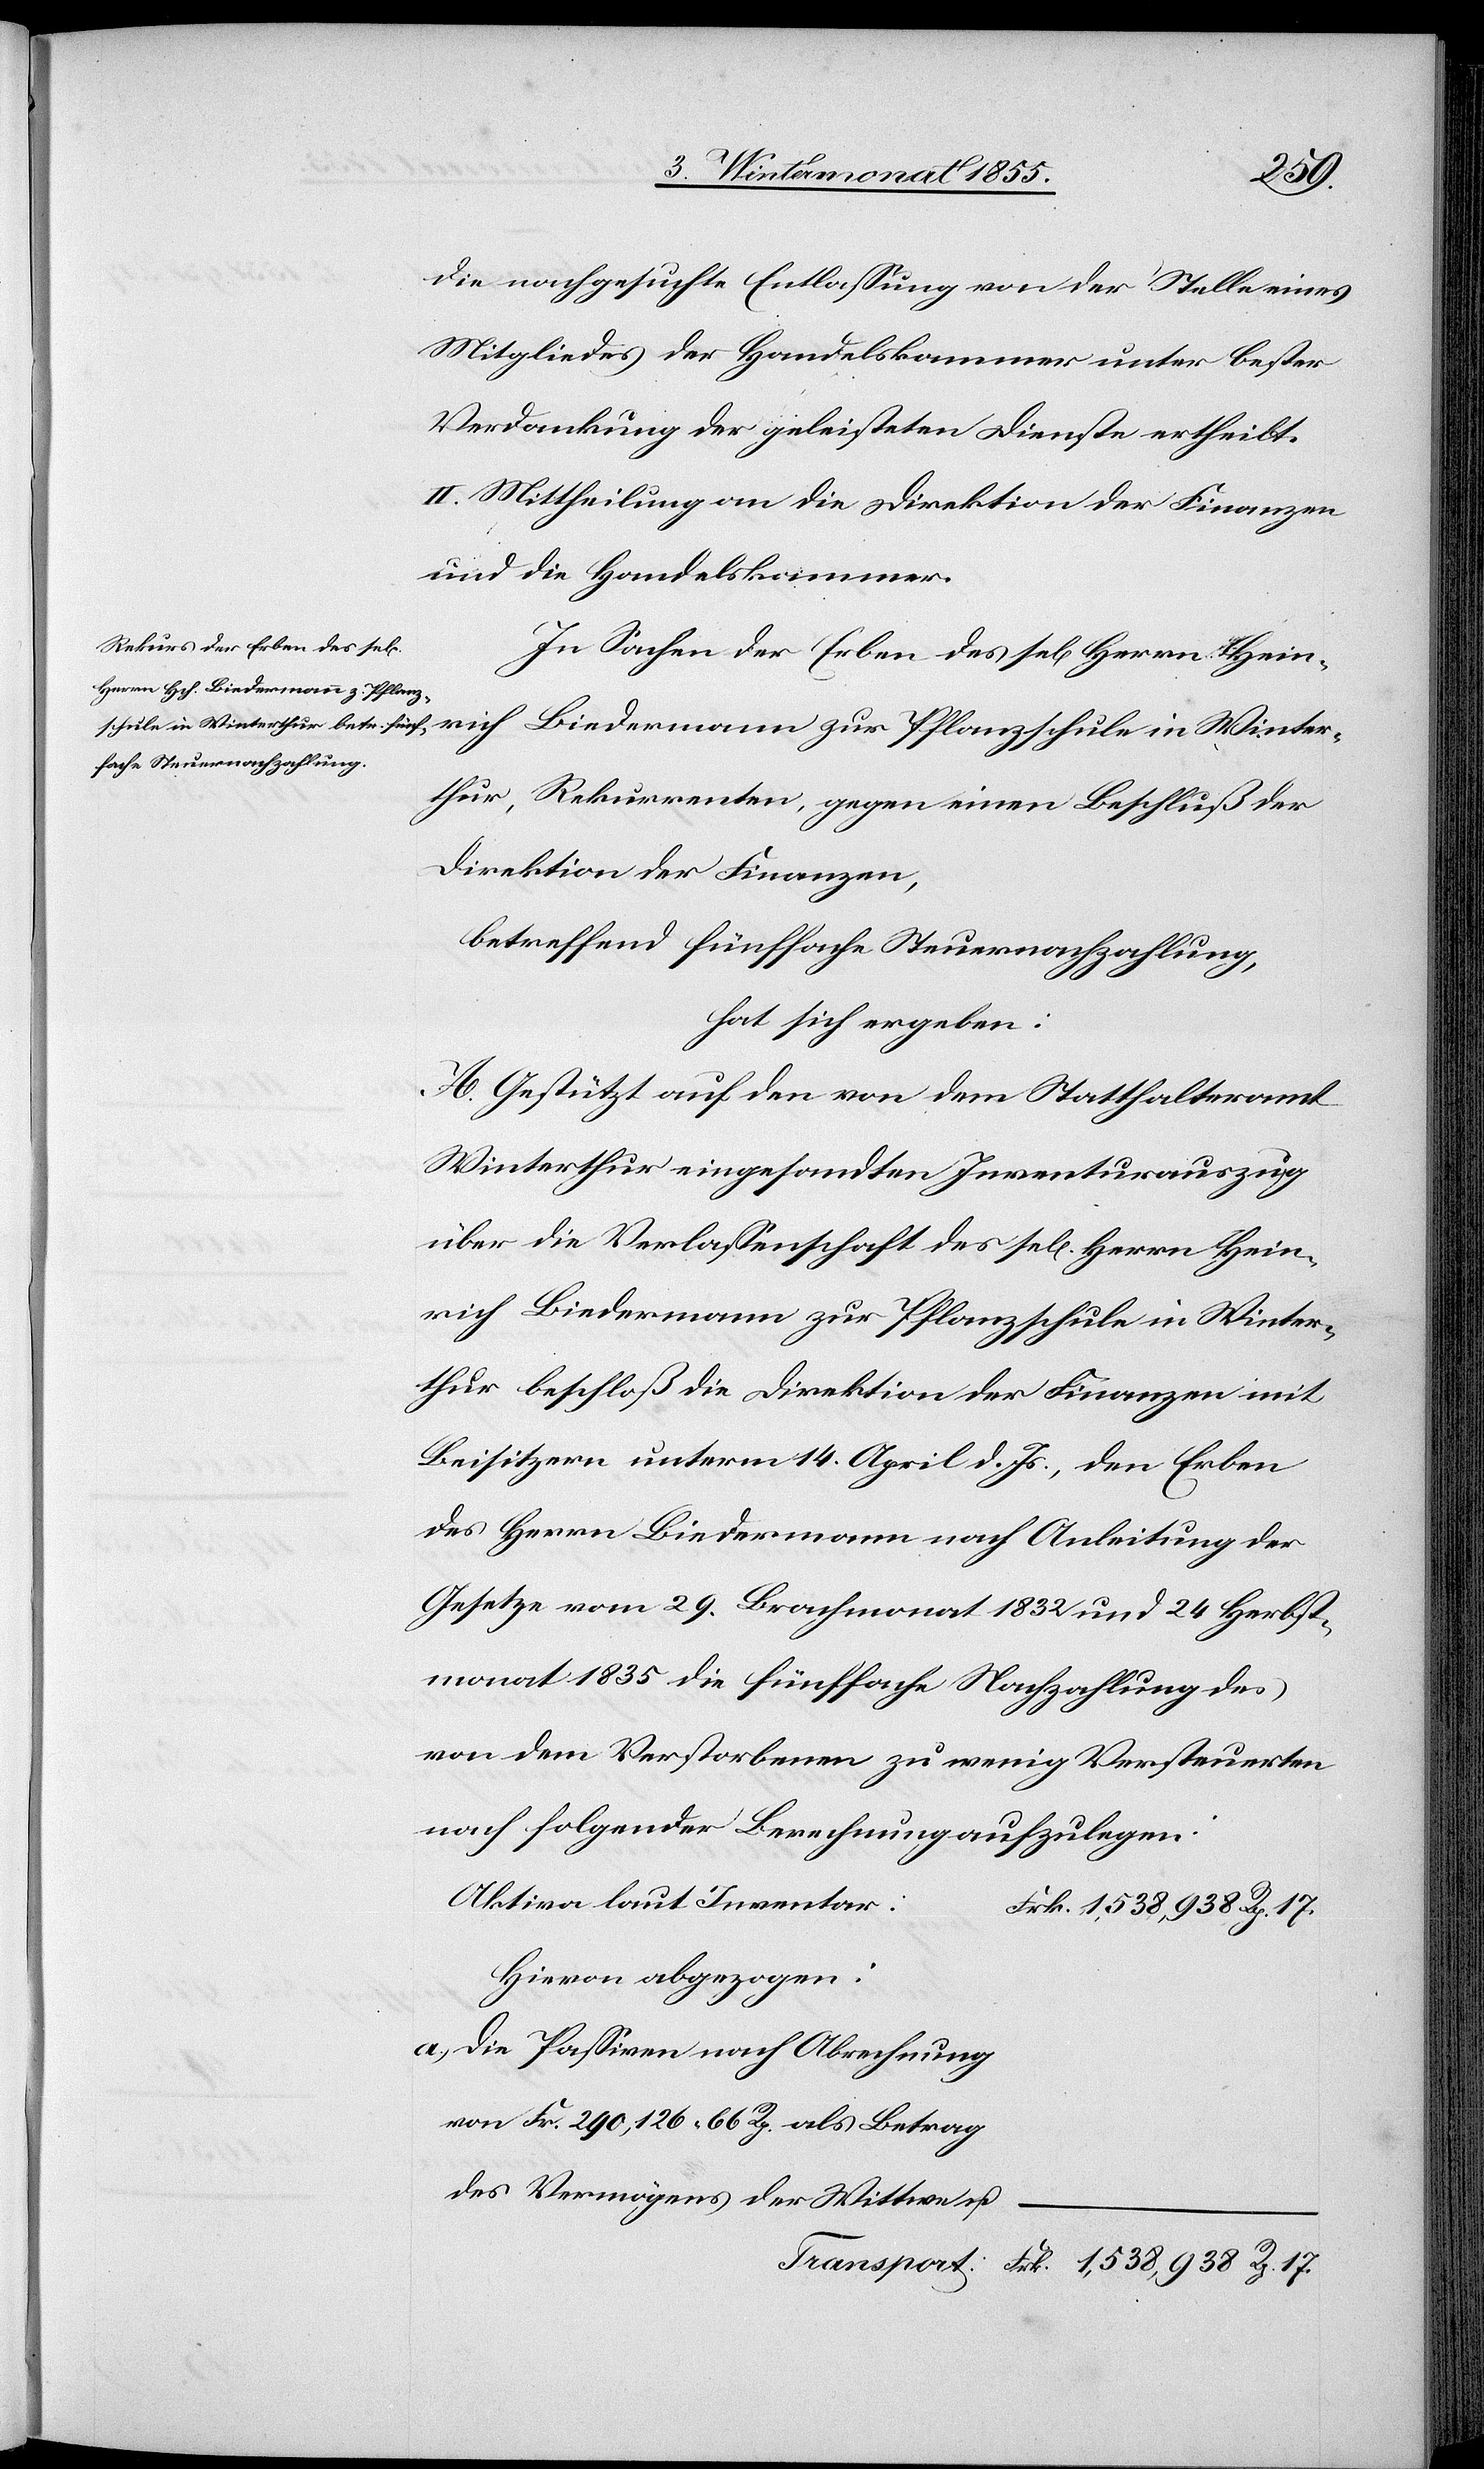
Transport:
die nachgesuchte Entlassung von der Stelle eines
Mitgliedes der Handelskammer unter bester
Verdankung der geleisteten Dienste ertheilt.
II. Mittheilung an die Direktion der Finanzen
und die Handelskammer.
In Sachen der Erben des sel[igen] Herrn Hein¬
thur, Rekurrenten, gegen einen Beschluß der
Direktion der Finanzen,
betreffend fünffache Steuernachzahlung,
hat sich ergeben:
A. Gestützt auf den von dem Statthalteramt
Winterthur eingesandten Inventurauszug
über die Verlassenschaft des sel[igen] Herrn Hein¬
rich Biedermann zur Pflanzschule in Winter¬
thur beschloß die Direktion der Finanzen mit
Beisitzern unterm 14. April d. Js., den Erben
des Herrn Biedermann nach Anleitung der
Gesetze vom 29. Brachmonat 1832 und 24 Herbst¬
monat 1835 die fünffache Nachzahlung des
von dem Verstorbenen zu wenig Versteuerten
nach folgender Berechnung aufzulegen:
Aktiva laut Inventar
Frk. 1,538,938 Rp. 17.
Hievon abgezogen:
Die Passiven nach Abrechnung
von Fr. 290,126 66 Rp. als Betrag
des Vermögens der Wittwe u.